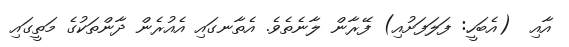
އާއި  (އެބަހީ: ފަލަފަށުއި) ފޭރާން ލާނެތެވެ. އެތާނގައި އެއުރެން ދާންތަކުގެ މަތީގައި